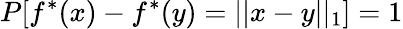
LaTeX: P[f^{*}(x)-f^{*}(y)=||x-y||_{1}]=1